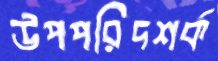
উপপরিদশর্ক